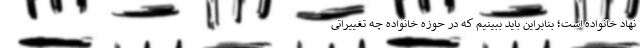
نهاد خانواده است؛ بنابراین باید ببینیم که در حوزه خانواده چه تغییراتی